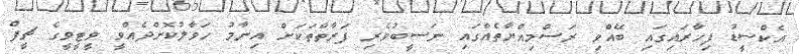
އެކްސީޑު ފިހާރައިގައި ބޭއްވި ރަސްމިއްޔާތެއްގައި ނަސީބުވެރި ފަރާތްތަކަށް އިނާމު ހަވާލުކޮށްދެއްވީ ވީޓީވީގެ ޗީފް